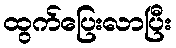
ထွက်ပြေးလာပြီး